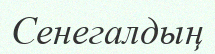
Сенегалдың